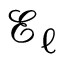
\mathscr { E } _ { \ell }